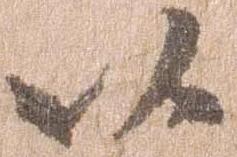
以